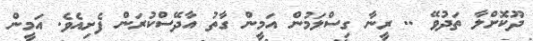
ދޫކޮށްލާ ތަދުވޭ .. ރީނާ ގިސްލަމުން އަމީން ގާތު އާދޭސްކުރަން ފެށިއެވެ. އަމީން